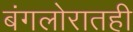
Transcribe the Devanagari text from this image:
बंगलोरातही